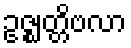
ဥဇ္ဈတ္တိဗလာ